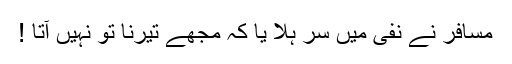
مسافر نے نفی میں سر ہلا یا کہ مجھے تیرنا تو نہیں آتا !